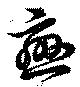
戀